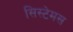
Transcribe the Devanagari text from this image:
सिस्टेमस